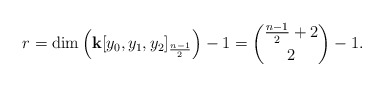
\begin{align*}r=\dim\left(\mathbf{k}[y_{0},y_{1},y_{2}]_{\frac{n-1}{2}}\right)-1=\binom{\frac{n-1}{2}+2}{2}-1.\end{align*}